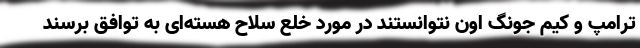
ترامپ و کیم جونگ اون نتوانستند در مورد خلع سلاح هسته‌ای به توافق برسند